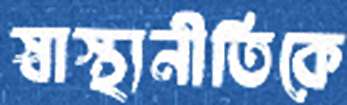
স্বাস্থ্যনীতিকে